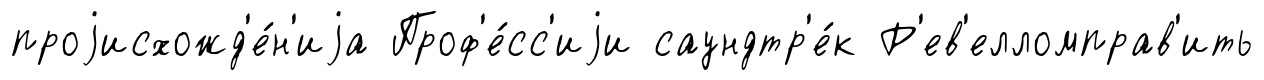
проjисхожд'е́н'иjа Проф'е́сс'иjи саундтр'е́к Р'ев'елломправ'ить